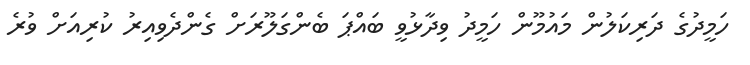
ހަމީދުގެ ދަރިކަލުން މައުމޫން ހަމީދު ވިދާޅުވީ ބައްޕަ ބެންގަލޫރަށް ގެންދެވިއިރު ކުރިއަށް ވުރެ